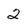
Character: 2